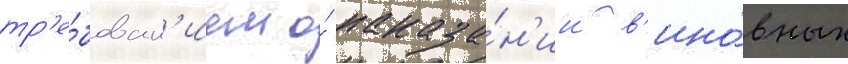
тр'е́бован'ием о́ наказа́н'ии в'ино́вных